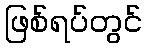
ဖြစ်ရပ်တွင်